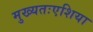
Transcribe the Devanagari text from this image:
मुख्यतःएशिया